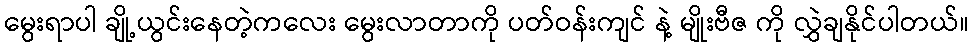
မွေးရာပါ ချို့ယွင်းနေတဲ့ကလေး မွေးလာတာကို ပတ်ဝန်းကျင် နဲ့ မျိုးဗီဇ ကို လွှဲချနိုင်ပါတယ်။